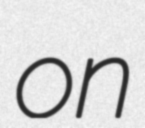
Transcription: on